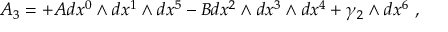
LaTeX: A _ { 3 } = + A d x ^ { 0 } \wedge d x ^ { 1 } \wedge d x ^ { 5 } - B d x ^ { 2 } \wedge d x ^ { 3 } \wedge d x ^ { 4 } + \gamma _ { 2 } \wedge d x ^ { 6 } \ ,